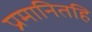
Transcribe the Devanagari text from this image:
प्रमानितहि